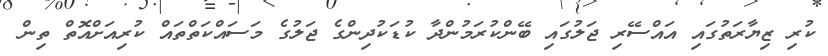
ކުރި ޒިޔާރަތުގައި އައްސޭރި ޖަލުގައި ބޭންކުރަމުންދާ ކުޑަކުދިންގެ ޖަލުގެ މަސައްކަތްތައް ކުރިއަށްއޮތް ތިން